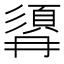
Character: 𩒹